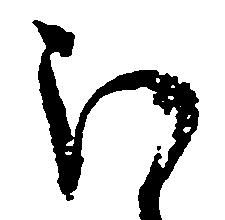
ほ